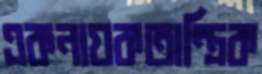
একনায়কতান্ত্রিক